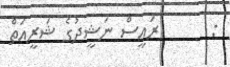
:       ރައީސް ނަޝީދުގެ ޝަރީއަތް